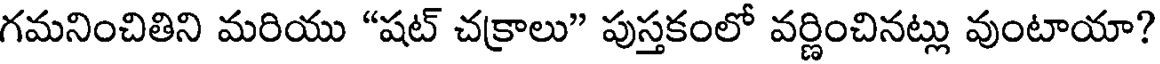
గమనించితిని మరియు "షట్ చక్రాలు" పుస్తకంలో వర్ణించినట్లు వుంటాయా?